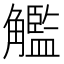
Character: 𧥈